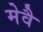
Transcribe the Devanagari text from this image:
मेवै